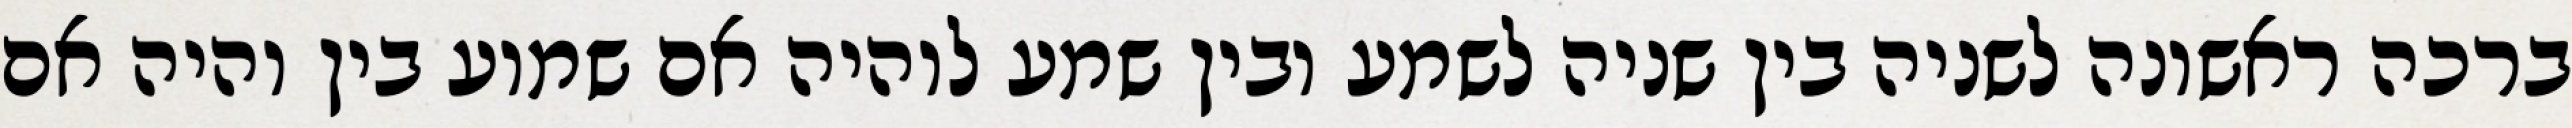
ברכה ראשונה לשניה בין שניה לשמע ובין שמע לוהיה אם שמוע בין והיה אם